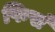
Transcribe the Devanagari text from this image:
फिर्स